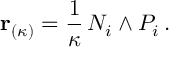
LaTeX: { \bf r } _ { ( \kappa ) } = \frac { 1 } { \kappa } \, N _ { i } \wedge P _ { i } \, .